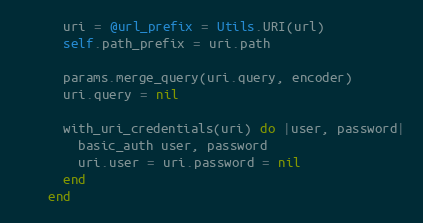
Language: Ruby
      uri = @url_prefix = Utils.URI(url)
      self.path_prefix = uri.path

      params.merge_query(uri.query, encoder)
      uri.query = nil

      with_uri_credentials(uri) do |user, password|
        basic_auth user, password
        uri.user = uri.password = nil
      end
    end